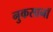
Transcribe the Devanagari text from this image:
नुकसानॉ